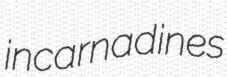
incarnadines